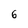
Character: 6